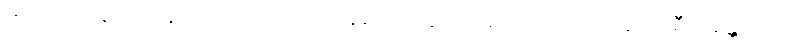
ဘာရဟာရေဟိ၊ ဝန်ကို ဆောင်တတ်ကုန်သော သူတို့သည်။ ဘာရော၊ ဝန်ကို။ ဓီယန္တေဝိယ၊